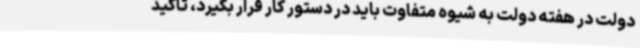
دولت در هفته دولت به شیوه متفاوت باید در دستور کار قرار بگیرد، تأکید